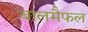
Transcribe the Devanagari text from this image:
बालमैफल